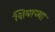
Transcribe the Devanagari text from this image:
शिवाच्या